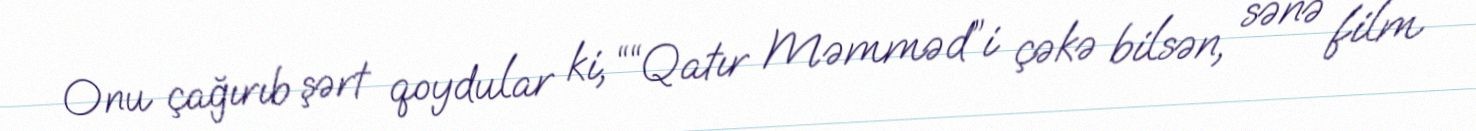
Onu çağırıb şərt qoydular ki, ““Qatır Məmməd”i çəkə bilsən, sənə film